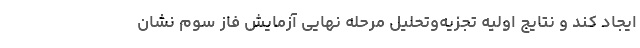
ایجاد کند و نتایج اولیه تجزیه‌وتحلیل مرحله نهایی آزمایش فاز سوم نشان